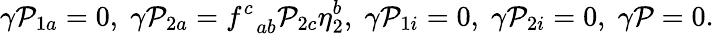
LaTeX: \gamma{\cal P}_{1a}=0,\; \gamma{\cal P}_{2a}=f_{\; \; ab}^{c}{\cal P}_{2c}\eta_{2}^{b},\; \gamma{\cal P}_{1i}=0,\; \gamma{\cal P}_{2i}=0,\; \gamma{\cal P}=0.